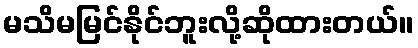
မသိမမြင်နိုင်ဘူးလို့ဆိုထားတယ်။